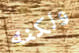
ولكنه